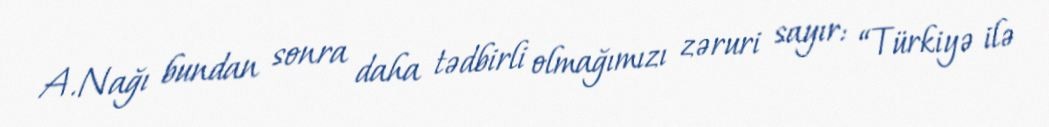
A.Nağı bundan sonra daha tədbirli olmağımızı zəruri sayır: “Türkiyə ilə